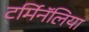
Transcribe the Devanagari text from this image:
टर्मिनॅलिया